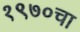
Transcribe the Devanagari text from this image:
१९७०चा